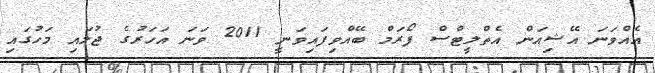
އެއްވަނަ އޭޝިއަން އެތްލީޓްސް ފޯރަމް ބޭއްވިފައިވަނީ 2011 ވަނަ އަހަރުގެ ޖުލައި މަހުގައި